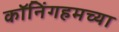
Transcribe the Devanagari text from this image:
कॉनिंगहमच्या